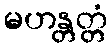
မဟန္တတ္တံ